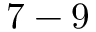
7 - 9